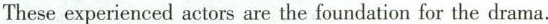
These experienced actors are the foundation for the drama.